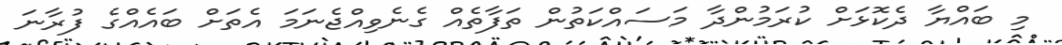
މި ބައްޔާ ދެކޮޅަށް ކުރަމުންދާ މަސައްކަތުން ތަފާތެއް ގެނެވިއްޖެނަމަ އެތަށް ބައެއްގެ ފުރާނަ